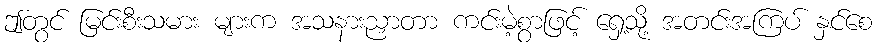
ဤတွင် မြင်းစီးသမား များက အသနားညှာတာ ကင်းမဲ့စွာဖြင့် ရှေ့သို့ အတင်းအကြပ် နှင်စေ